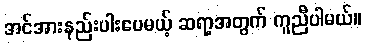
အင်အားနည်းပါးပေမယ့် ဆရာ့အတွက် ကူညီပါမယ်။